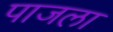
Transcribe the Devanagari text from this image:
पाजला